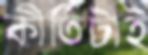
কীর্তিটাই